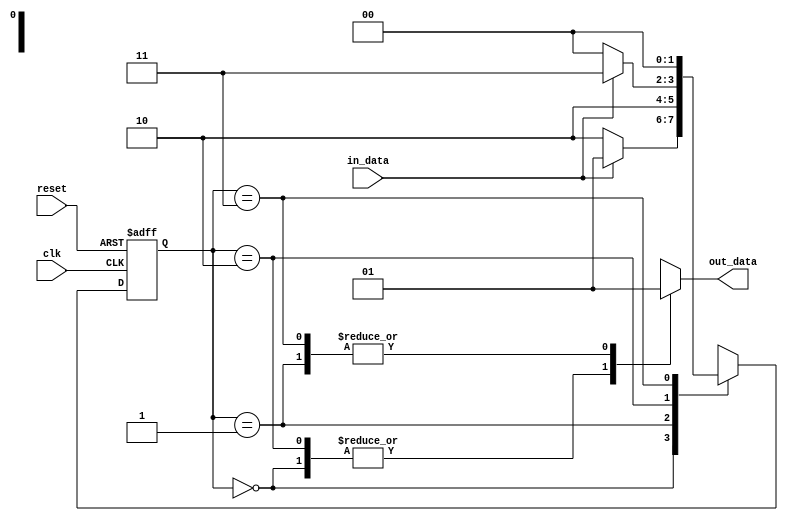
module MealyStateMachine (
    input clk,
    input reset,
    input in_data,
    output reg out_data
);

// state definitions
parameter S0 = 2'b00;
parameter S1 = 2'b01;
parameter S2 = 2'b10;
parameter S3 = 2'b11;

// state register
reg [1:0] state;
reg wait_state;

always @ (posedge clk or posedge reset) begin
    if (reset) begin
        state <= S0;
        wait_state <= 0;
    end else begin
        case (state)
            S0: begin
                if (in_data) begin
                    state <= S1;
                    wait_state <= 1;
                end else begin
                    state <= S2;
                    wait_state <= 0;
                end
            end
            S1: begin
                state <= S2;
                wait_state <= 0;
            end
            S2: begin
                if (in_data) begin
                    state <= S3;
                    wait_state <= 1;
                end else begin
                    state <= S0;
                    wait_state <= 0;
                end
            end
            S3: begin
                state <= S0;
                wait_state <= 0;
            end
        endcase
    end
end

// output logic
always @ (*) begin
    case (state)
        S0: out_data = 0;
        S1: out_data = 1;
        S2: out_data = 0;
        S3: out_data = 1;
    endcase
end

endmodule